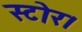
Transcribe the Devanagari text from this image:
स्टोर।